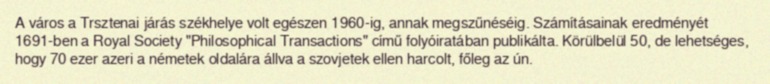
A város a Trsztenai járás székhelye volt egészen 1960-ig, annak megszűnéséig. Számításainak eredményét 1691-ben a Royal Society "Philosophical Transactions" című folyóiratában publikálta. Körülbelül 50, de lehetséges, hogy 70 ezer azeri a németek oldalára állva a szovjetek ellen harcolt, főleg az ún.